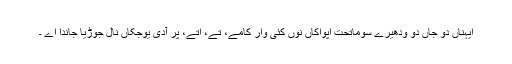
ایہناں دو جاں دو ودھیرے سوماتحت اپواکاں نوں کئی وار کامے، تے، اتے، پر آدی یوجکاں نال جوڑیا جاندا اے ۔